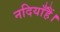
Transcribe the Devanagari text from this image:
नदियाँहैं।